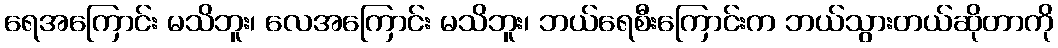
ရေအကြောင်း မသိဘူး၊ လေအကြောင်း မသိဘူး၊ ဘယ်ရေစီးကြောင်းက ဘယ်သွားတယ်ဆိုတာကို